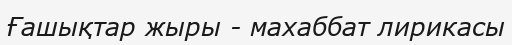
Ғашықтар жыры - махаббат лирикасы